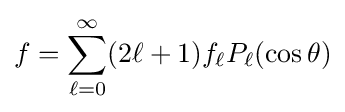
f=\sum _{\ell =0}^{\infty }(2\ell +1)f_{\ell }P_{\ell }(\cos \theta )